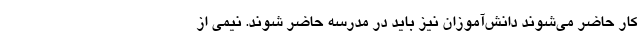
کار حاضر می‌شوند دانش‌آموزان نیز باید در مدرسه حاضر شوند. نیمی از